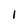
Character: I